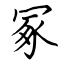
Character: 冢